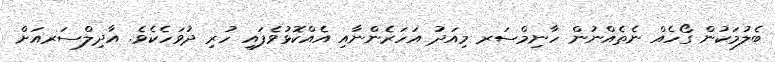
ބެލުމަކުން ގޯހެއް ނެތެއްނުން ހާނިމްސަރ މިއަދު އަހަރެންނާއި އެއްކޮޅުވެފައި ހުރި ދުވަހެކެވެ. އާދިލްސަރއަށް